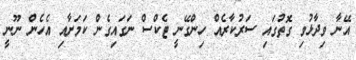
އޭނާ ވިދާޅުވި ގޮތުގައި ސަރުކާރެއް ހިންގޭނީ ޓެކްސް ނަގައިގެން ކަމަށާއި އެހެން ނޫނީ